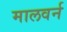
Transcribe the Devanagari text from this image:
मालवर्न